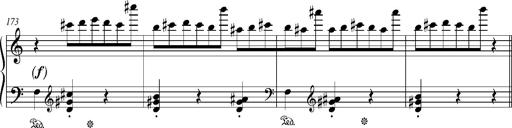
Title: Bagatelle sans tonalitÃ©
Composer: Franz Liszt